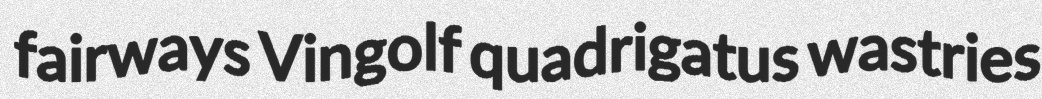
fairways Vingolf quadrigatus wastries